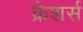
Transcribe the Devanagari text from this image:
क्रैशर्स